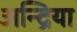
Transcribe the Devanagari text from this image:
अन्द्रिया